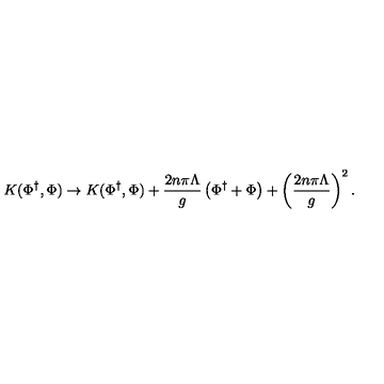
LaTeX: K ( \Phi ^ { \dagger } , \Phi ) \rightarrow K ( \Phi ^ { \dagger } , \Phi ) + { \frac { 2 n \pi \Lambda } { g } } \left( \Phi ^ { \dagger } + \Phi \right) + \left( { \frac { 2 n \pi \Lambda } { g } } \right) ^ { 2 } .